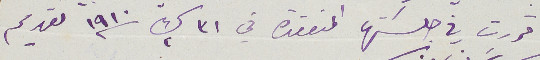
قررت في جلستها المنعقدة في 31 ك2 سنة 1910 تقديم